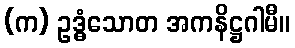
(က) ဥဒ္ဓံသောတ အကနိဋ္ဌဂါမီ။